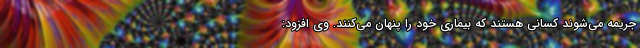
جریمه می‌شوند کسانی هستند که بیماری خود را پنهان می‌کنند. وی افزود: